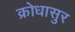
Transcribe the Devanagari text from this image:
क्रोधासुर